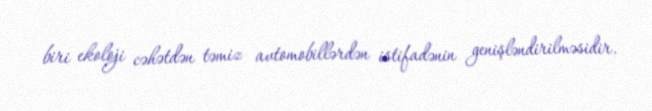
biri ekoloji cəhətdən təmiz avtomobillərdən istifadənin genişləndirilməsidir.